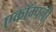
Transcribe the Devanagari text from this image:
एकॉम्पली